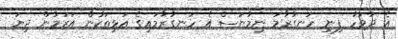
އެ ދުވަހު ފިނި ހަނގުރާމަ ނިމުނަސް އެ ހަނގުރާމައިގެ އަޅިތަކުން އަރަމުން ދިޔަ